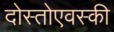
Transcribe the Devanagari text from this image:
दोस्तोएवस्की